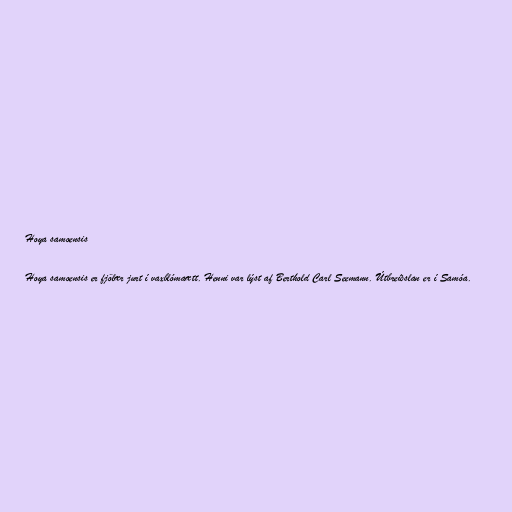
Hoya samoensis

Hoya samoensis er fjölær jurt í vaxblómaætt. Henni var lýst af Berthold Carl Seemann. Útbreiðslan er í Samóa.